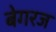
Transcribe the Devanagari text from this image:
बेगरज